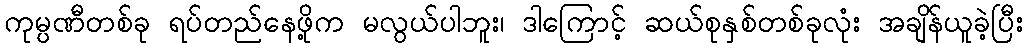
ကုမ္ပဏီတစ်ခု ရပ်တည်နေဖို့က မလွယ်ပါဘူး၊ ဒါကြောင့် ဆယ်စုနှစ်တစ်ခုလုံး အချိန်ယူခဲ့ပြီး